Report on the administration of the Government Cinchona Department 1892-98
Year: 1892
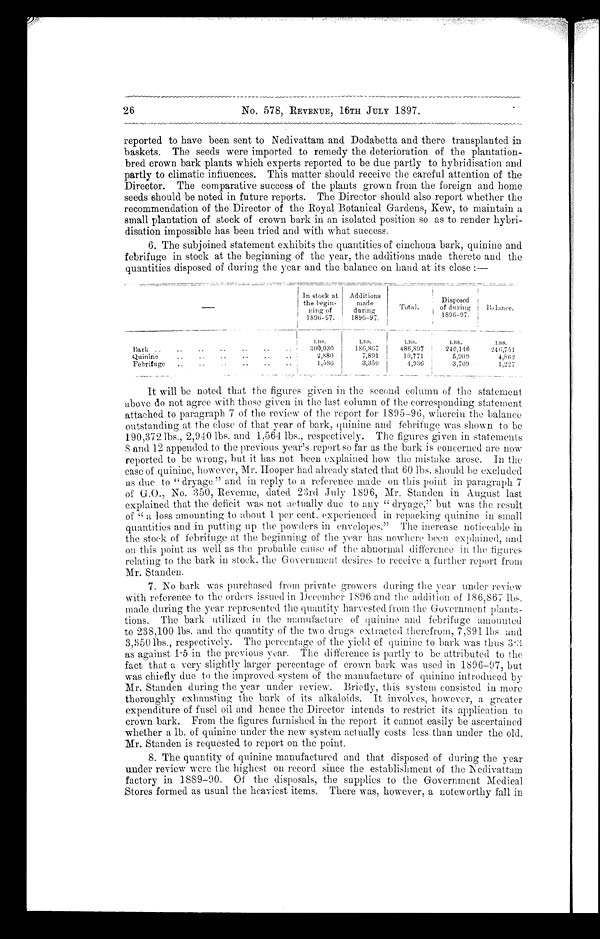
No. 578, REVENUE, 16TH JULY 1897.
reported to have been sent to Nedivattam and Dodabetta and there transplanted in
baskets. The seeds were imported to remedy the deterioration of the plantation-
bred crown bark plants which experts reported to be due partly to hybridisation and
partly to climatic influences. This matter should receive the careful attention of the
Director. The comparative success of the plants grown from the foreign and home
seeds should be noted in future reports. The Director should also report whether the
recommendation of the Director of the Royal Botanical Gardens, Kew, to maintain a
small plantation of stock of crown bark in an isolated position so as to render hybri-
disation impossible has been tried and with what success.
6. The subjoined statement exhibits the quantities of cinchona bark, quinine and
febrifuge in stock at the beginning of the year, the additions made thereto and the.
quantities disposed of during the year and the balance on hand at its close :—
—
In stock at t h e b e g i n -
ning of 1896-97.
Additions
made
during
1896-97.
Total.
Disposed
of
1896–97.
Balance.
LBS.
LBS.
LBS.
LBS.
LBS.
Bark . .. .. • • • • . , • •
300,030
186,867
486,897
240,146
246,751
Q u i n i n e . . . . . . . . . . . .
2 , 8 8 0
7,891
10,771
5,909
4 , 8 6 2
F e b r i f u g e . . . . . . . . . . . .
1,586
3,350
4,936
3,709
1,227
It will be noted that the figures given in the second column of the statement
above do not agree with those given in the last column of the corresponding statement
attached to paragraph 7 of the review of the report for 1895-96, wherein the balance
outstanding at the close of that year of bark, quinine and febrifuge was shown to be
190,372 lbs., 2,940 lbs. and 1,564 lbs., respectively. The figures given in statements
8 a n d 1 2 a p p e n d e d t o t h e p r e v i o u s y e a r ' s r e p o r t s o f a r a s t h e b a r k i s c o n c e r n e d a r e n o w
reported to be wrong, but it has not been explained how the mistake arose. In the
case of quinine, however, Mr. Hooper had already stated that 60 lbs. should be excluded
as due to " dryage " and in reply to a reference made on this point in paragraph 7
of G.O., No. 350, Revenue, dated 23rd July 1896, Mr. Standen in August last
explained that the deficit was not actually due to any " dryage," but was the result
of " a loss amounting to about 1 per cent. experienced in repacking quinine in small
quantities and in putting up the powders in envelopes." The increase noticeable
i n t h e s t o c k o f f e b r i f u g e a t t h e b e g i n n i n g o f t h e y e a r h a s n o w h e r e b e e n e x p l a i n e d , a n d
on this point as well as the probable cause of the abnormal difference in the figures
relating to the bark in stock, the Government desires to receive a further report from
Mr. Standen.
7. No bark was purchased from private growers during the year under review
with reference to the orders issued in December 1896 and the addition of 186,867 lbs.
made during the year represented the quantity harvested from the Government planta-
tions. The bark utilized in the manufacture of quinine and febrifuge amounted
to 238,100 lbs. and the quantity of the two drugs extracted therefrom, 7,891 lbs and
3,350 lbs., respectively. The percentage of the yield of quinine to bark was thus
3 . 3 a s a g a i n s t 1
. 5 i n t h e p r e v i o u s y e a r . T h e d i f f e r e n c e i s p a r t l y t o b e a t t r i b u t e d t o t h e
fact that a very slightly larger percentage of crown bark was used in 1896-97, but
was chiefly due to the improved system of the manufacture of quinine introduced by
Mr. Standen during the year under review. Briefly, this system consisted in more
thoroughly exhausting the bark of its alkaloids. It involves, however, a greater
expenditure of fusel oil and hence the Director intends to restrict its application to
crown bark. From the figures furnished in the report it cannot easily be ascertained
whether a lb. of quinine under the new system actually costs less than under the old.
Mr. Standen is requested to report on the point.
8. The quantity of quinine manufactured and that disposed of during the year
under review were the highest on record since the establishment of the Nedivattam
factory in 1889-90. Of the disposals, the supplies to the Government Medical
Stores formed as usual the heaviest items. There was, however, a noteworthy fall in
26